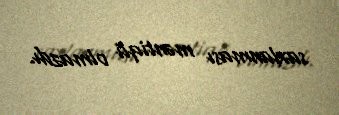
saxlanması məntiqli olmazdı.